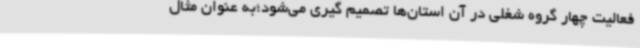
فعالیت چهار گروه شغلی در آن استان‌ها تصمیم گیری می‌شود؛به عنوان مثال